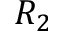
R _ { 2 }